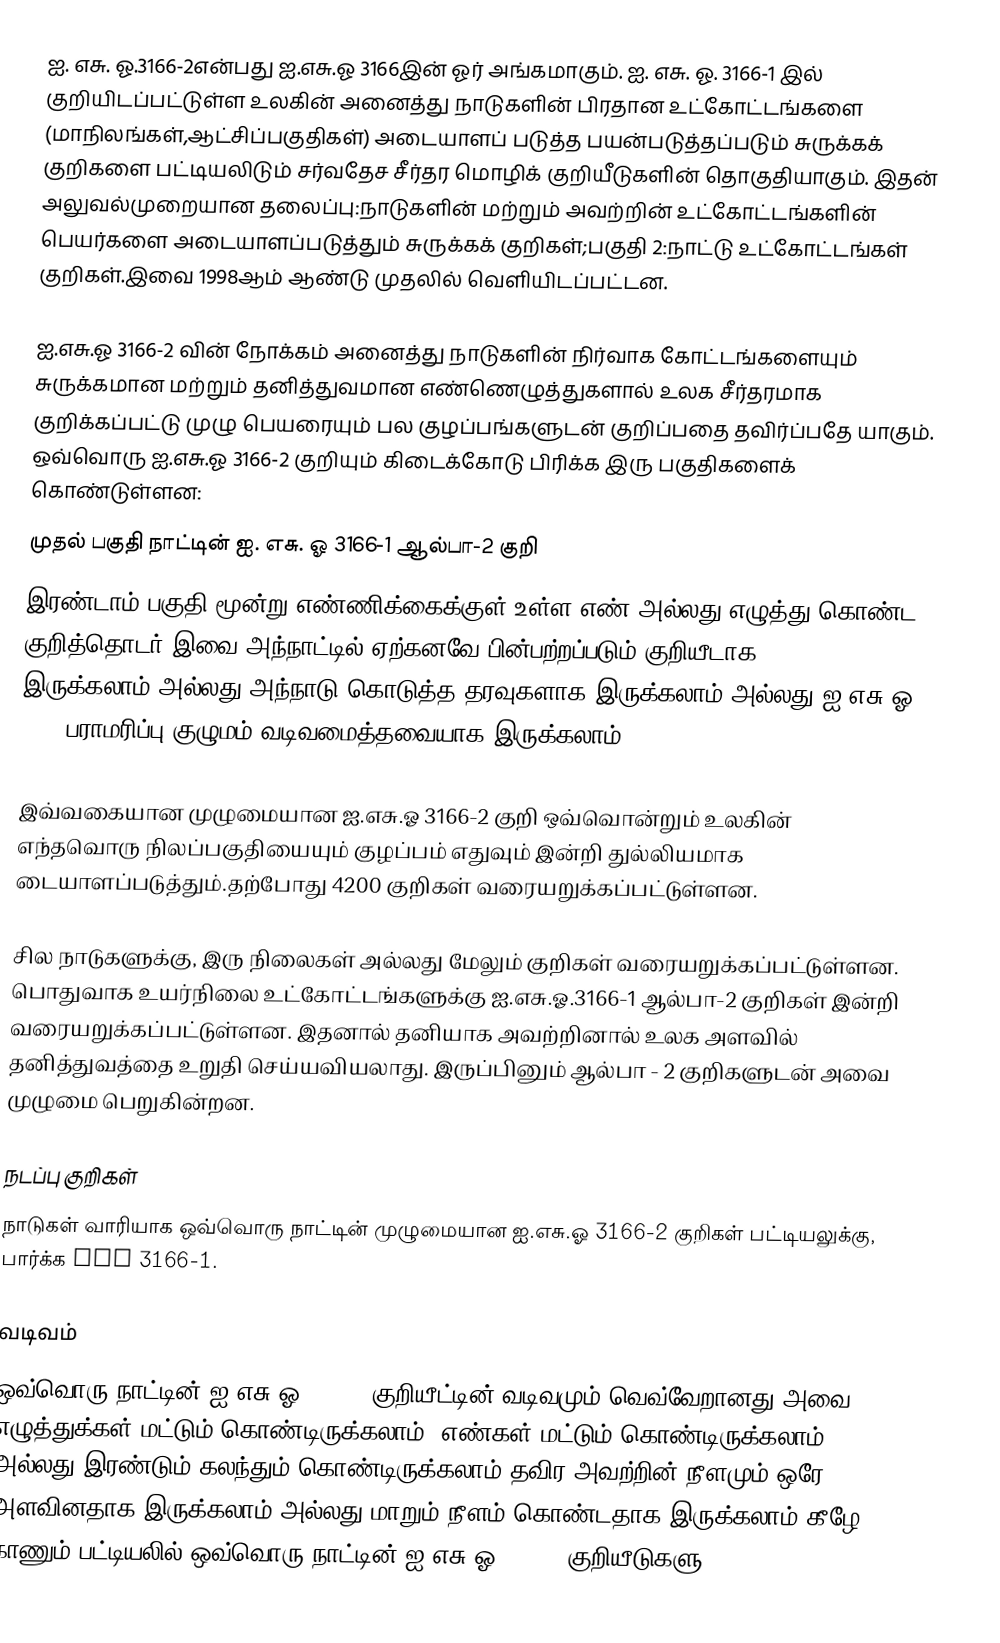
ஐ. எசு. ஓ.3166-2என்பது ஐ.எசு.ஓ 3166இன் ஓர் அங்கமாகும். ஐ. எசு. ஓ. 3166-1 இல் குறியிடப்பட்டுள்ள உலகின் அனைத்து நாடுகளின் பிரதான உட்கோட்டங்களை (மாநிலங்கள்,ஆட்சிப்பகுதிகள்) அடையாளப் படுத்த பயன்படுத்தப்படும் சுருக்கக் குறிகளை பட்டியலிடும் சர்வதேச சீர்தர மொழிக் குறியீடுகளின் தொகுதியாகும். இதன் அலுவல்முறையான தலைப்பு:நாடுகளின் மற்றும் அவற்றின் உட்கோட்டங்களின் பெயர்களை அடையாளப்படுத்தும் சுருக்கக் குறிகள்;பகுதி 2:நாட்டு உட்கோட்டங்கள் குறிகள்.இவை 1998ஆம் ஆண்டு முதலில் வெளியிடப்பட்டன.

ஐ.எசு.ஓ 3166-2 வின் நோக்கம் அனைத்து நாடுகளின் நிர்வாக கோட்டங்களையும் சுருக்கமான மற்றும் தனித்துவமான எண்ணெழுத்துகளால் உலக சீர்தரமாக குறிக்கப்பட்டு முழு பெயரையும் பல குழப்பங்களுடன் குறிப்பதை தவிர்ப்பதே யாகும். ஒவ்வொரு ஐ.எசு.ஓ 3166-2 குறியும் கிடைக்கோடு பிரிக்க இரு பகுதிகளைக் கொண்டுள்ளன:
 முதல் பகுதி நாட்டின் ஐ. எசு. ஓ 3166-1 ஆல்பா-2 குறி
 இரண்டாம் பகுதி மூன்று எண்ணிக்கைக்குள் உள்ள எண் அல்லது எழுத்து கொண்ட குறித்தொடர்;இவை அந்நாட்டில் ஏற்கனவே பின்பற்றப்படும் குறியீடாக இருக்கலாம்,அல்லது அந்நாடு கொடுத்த தரவுகளாக இருக்கலாம் அல்லது ஐ.எசு.ஓ 3166 பராமரிப்பு குழுமம் வடிவமைத்தவையாக இருக்கலாம்.

இவ்வகையான முழுமையான ஐ.எசு.ஓ 3166-2 குறி ஒவ்வொன்றும் உலகின் எந்தவொரு நிலப்பகுதியையும் குழப்பம் எதுவும் இன்றி துல்லியமாக டையாளப்படுத்தும்.தற்போது 4200 குறிகள் வரையறுக்கப்பட்டுள்ளன.

சில நாடுகளுக்கு, இரு நிலைகள் அல்லது மேலும் குறிகள் வரையறுக்கப்பட்டுள்ளன. பொதுவாக உயர்நிலை உட்கோட்டங்களுக்கு ஐ.எசு.ஓ.3166-1 ஆல்பா-2 குறிகள் இன்றி வரையறுக்கப்பட்டுள்ளன. இதனால் தனியாக அவற்றினால் உலக அளவில் தனித்துவத்தை உறுதி செய்யவியலாது. இருப்பினும் ஆல்பா - 2 குறிகளுடன் அவை முழுமை பெறுகின்றன.

நடப்பு குறிகள்
நாடுகள் வாரியாக ஒவ்வொரு நாட்டின் முழுமையான ஐ.எசு.ஓ 3166-2 குறிகள் பட்டியலுக்கு, பார்க்க ISO 3166-1.

வடிவம்
ஒவ்வொரு நாட்டின் ஐ.எசு.ஓ 3166-2 குறியீட்டின் வடிவமும் வெவ்வேறானது.அவை எழுத்துக்கள் மட்டும் கொண்டிருக்கலாம், எண்கள் மட்டும் கொண்டிருக்கலாம் அல்லது இரண்டும் கலந்தும் கொண்டிருக்கலாம்;தவிர அவற்றின் நீளமும் ஒரே அளவினதாக இருக்கலாம் அல்லது மாறும் நீளம் கொண்டதாக இருக்கலாம்.கீழே காணும் பட்டியலில் ஒவ்வொரு நாட்டின் ஐ.எசு.ஓ 3166-2 குறியீடுகளு